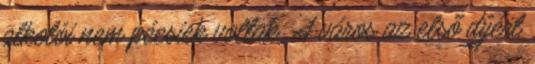
alkotói nem pécsiek voltak. A város az első díjért